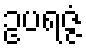
ဥပရဇ္ဇံ